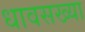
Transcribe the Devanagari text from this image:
धावसख्या